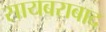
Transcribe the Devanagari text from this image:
सायबराबाद